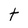
Character: t